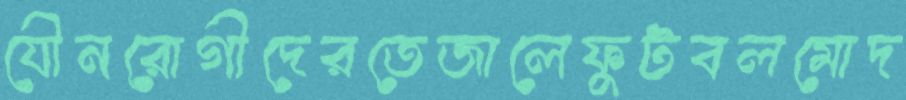
যৌনরোগীদেরতেজালেফুটবলমোদ